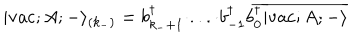
LaTeX: | \mathrm { v a c } ; A ; - \rangle _ { ( k _ { - } ) } = b _ { k _ { - } + 1 } ^ { \dagger } \cdot . . . \cdot b _ { - 1 } ^ { \dagger } b _ { 0 } ^ { \dagger } \overline { { { | \mathrm { v a c } ; A ; - \rangle } } }